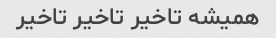
همیشه تاخیر تاخیر تاخیر